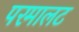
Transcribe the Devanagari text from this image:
परमालट